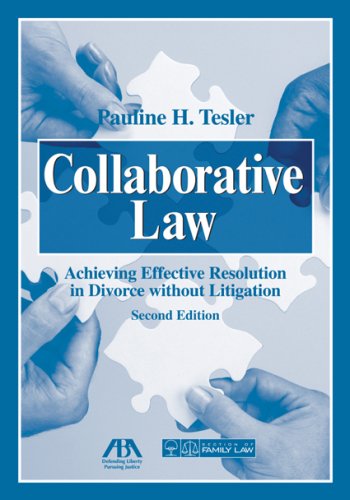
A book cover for Collaborative Law: Achieving Effective Resolution Without Litigation; Pauline H. Tesler; Law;